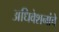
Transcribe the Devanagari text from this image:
अधिवेशनांचे